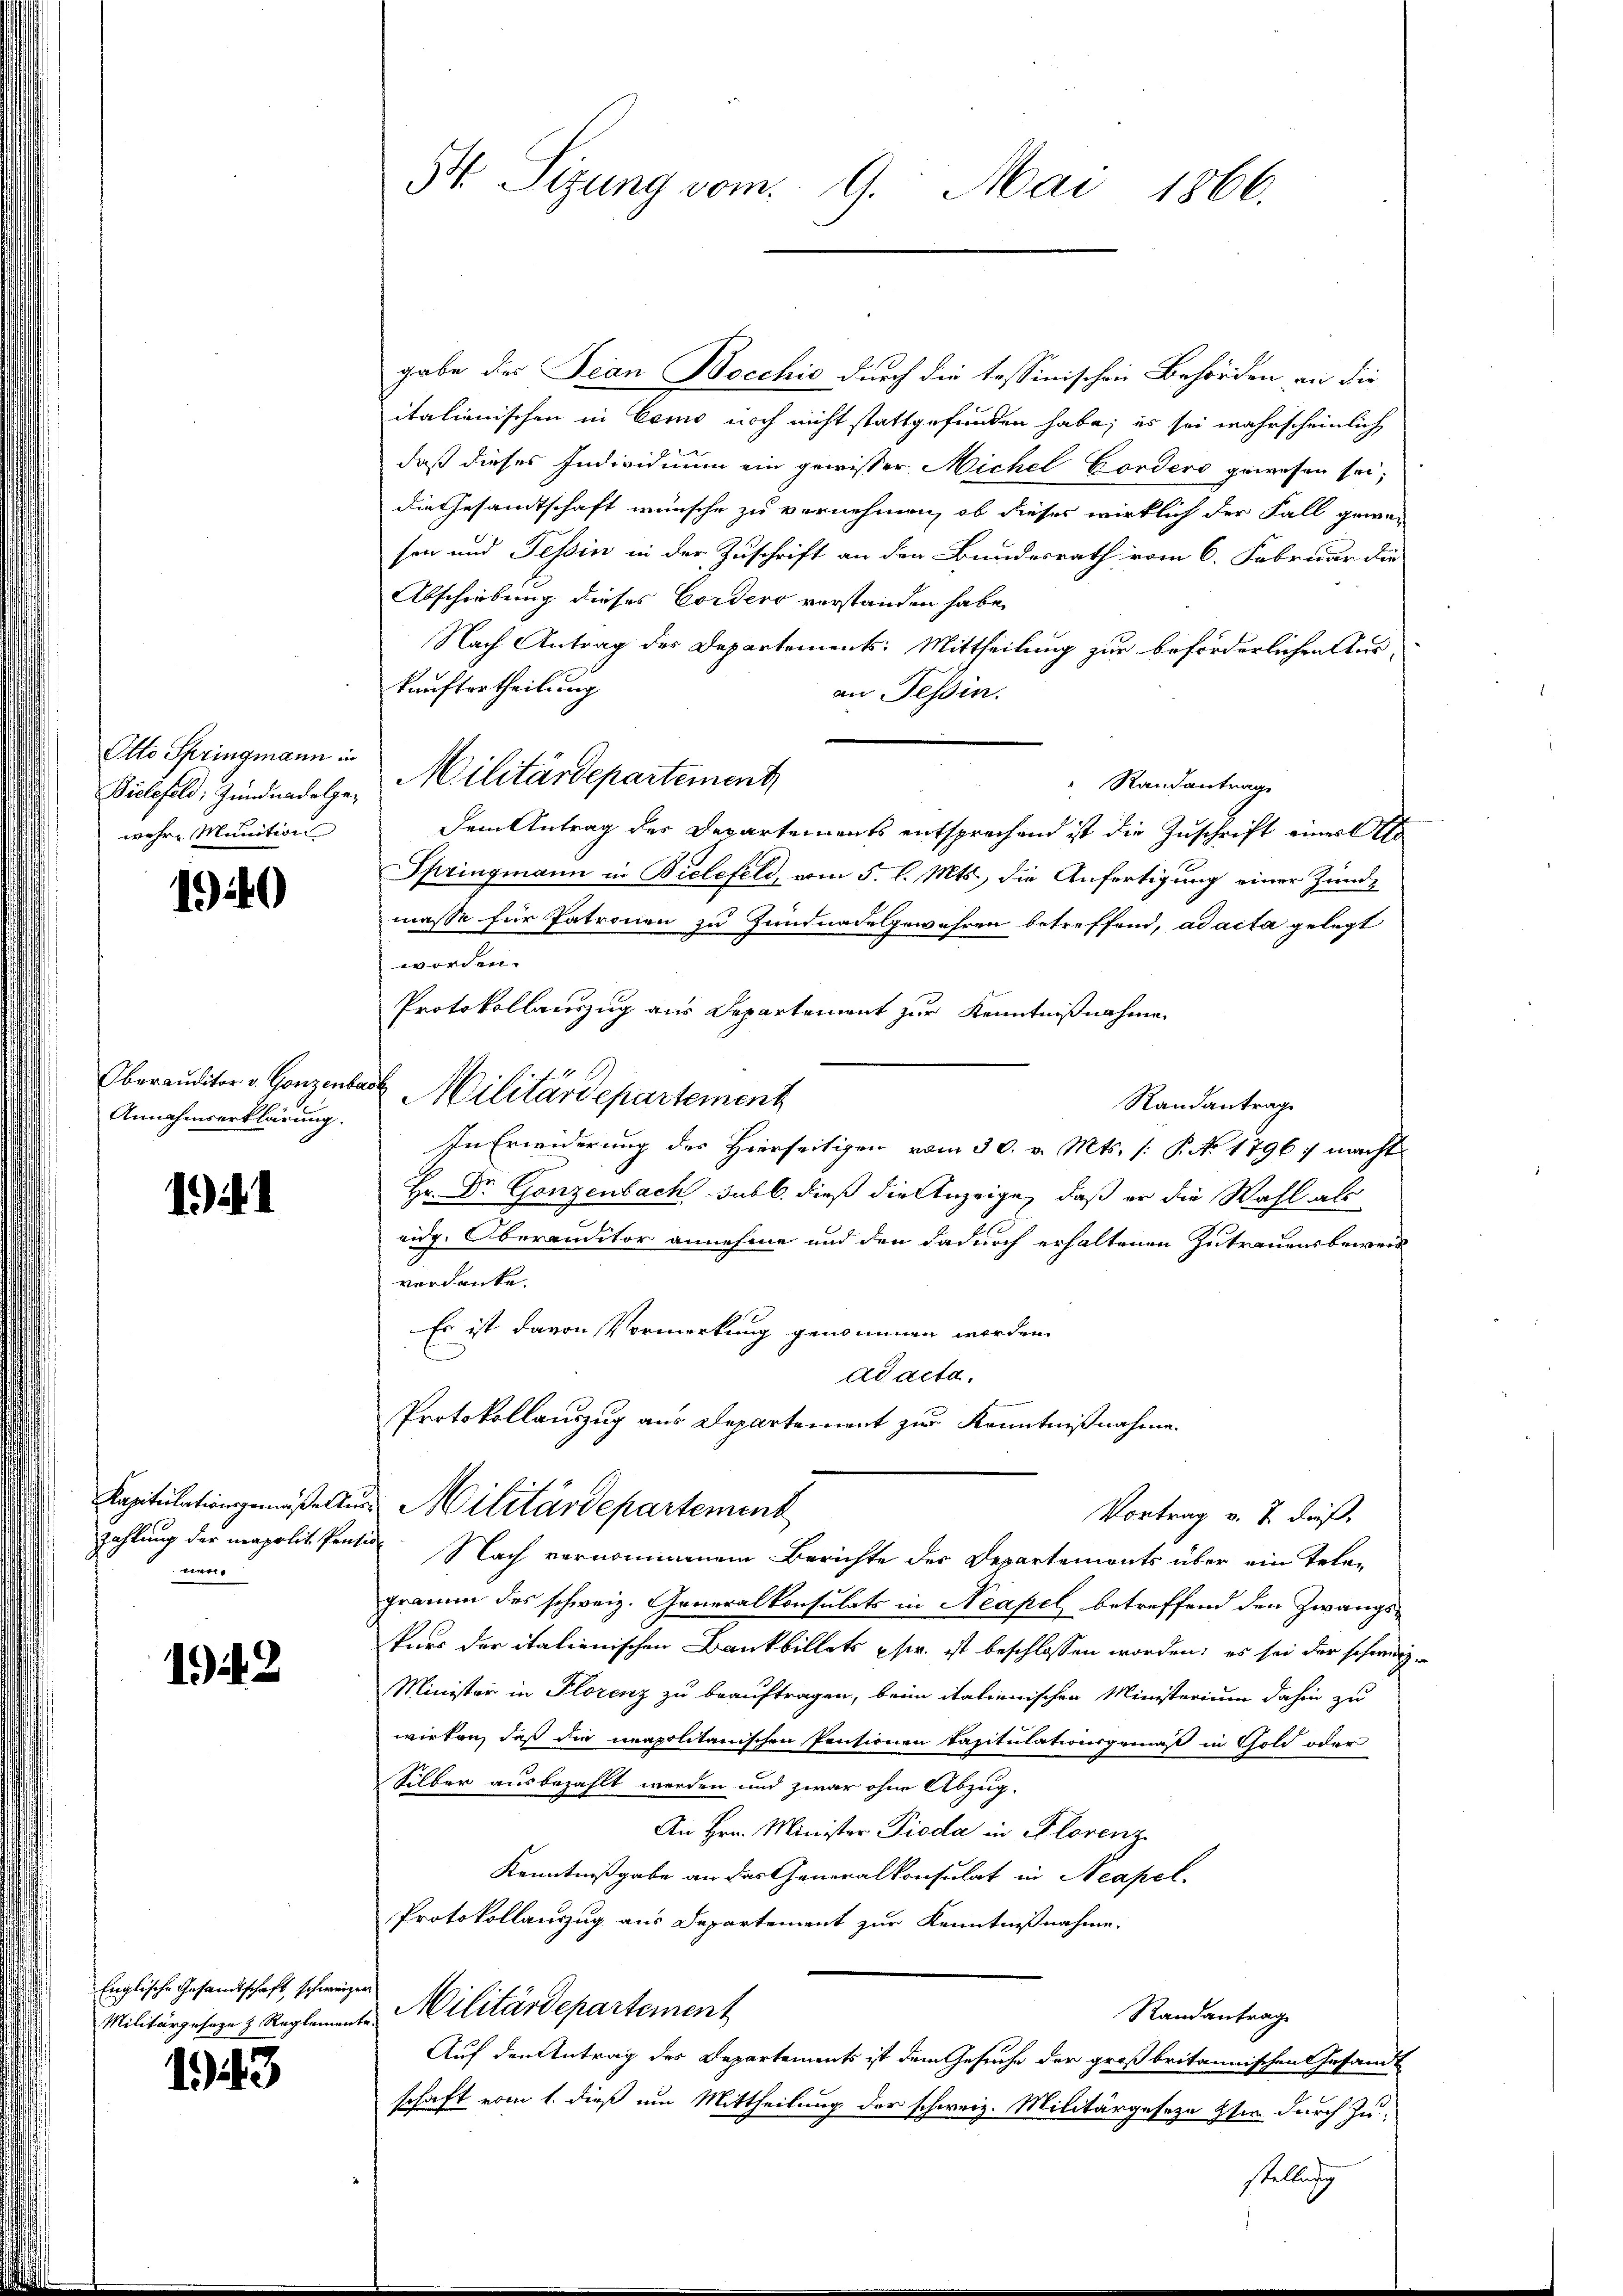
Otto Springmann in
wehre Munition

1940

Annahmserklärung.

). 1

nen.

1948

Englische Gesandtschaft, schweizer

1943

St. Sizung vom 9. Mai 1866.

gabe des Jean Bocchio durch die tessinischen Behörden an die
italienischen in Cemo noch nicht stattgefunden habe; es sei wahrscheinlich
daß dieses Individium ein gewisser Michel Cordero gewesen sei;
die Gesandtschaft wünsche zu vernehmen, ob dieses wirklich der Fall gewa-
sen und Tessin in der Zuschrift an den Bundesrath vom 6. Februar die
Abschiebung dieses Cordero verstanden habe.
Nach Antrag des Departements: Mittheilung zur beförderlichen Auskauftertheilung
an Tessin.
Bielefeld, Zundnardolze Militärdepartement
Randantrage
Dem Antrag der Departements entsprechend ist die Zuschrift einer Er
Springmann in Bielefeld, vom 5. l. Mts., die Anfertigung einer Zundmasse für Patronen zu Hundnadelgewähren betreffend, ad acta gelegt
worden.
Protokollauszug aus Departement zur Kenntnißnahme
Oberauditor v. Gonzenbart Militärdepartement
Randantrage
In Erwiderung des Hierseitigen vom 30. v. Mts. (: P. No 1796 ; macht
Hr. Dr. Gonzenbach sub b. dieß die Anzeige, daß er die Wahl als
eidg. Oberauditor annehme und den dadurch erhaltenen Zutrauens beweis
verdanke.
Es ist davon Vormerkung genommen worden.
ad acta.
Protokollauszug aus Departement zur Kenntnißnahme.
Kapitulationsgemäßeln. Militärdepartement
Vortrag v. 7. dieß,
Zahlung der mapolit. Ponti Nach vernommenem Berichte des Departements über ein Telegramm des schweiz. Generalkonsulats in Neapel betreffend den Zwangs¬
Purs der italienischen Bankbillets phwr. ist beschlossen worden; es sei der schwerz-
Minister in Florenz zu beauftragen, beim italienischen Ministerium dahin zu
wirken, daß die napolitanischen Pensionen Capitulationsgemäß in Gold oder
Silber ausbezahlt werden und zwar ohne Abzug.
An Hrn. Minister Pioda in Florenz
Kenntnißgabe an das Generalkonsulat in Neapel.
Protokollauszug aus Departement zur Kenntnißnahme.
Randantrag
Militärgeseze & Reglemente Militärdepartement
Auf den Antrag des Departements ist dem Gesuche der großbritannischen Gesandt
schaft vom 1. dieß um Mittheilung der schweiz. Militärgeseze sie durch Zustellung